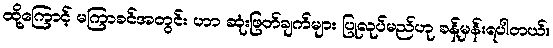
ထို့ကြောင့် မကြာခင်အတွင်း ဟာ ဆုံးဖြတ်ချက်များ ပြုလုပ်မည်ဟု ခန့်မှန်းရပါတယ်။